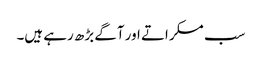
سب مسکراتے اور آگے بڑھ رہے ہیں۔